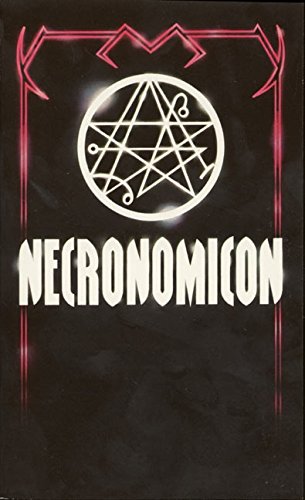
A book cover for The Necronomicon; Simon; Religion & Spirituality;